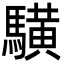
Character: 䮲